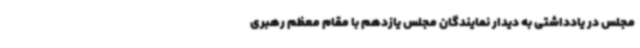
مجلس در یادداشتی به دیدار نمایندگان مجلس یازدهم با مقام معظم رهبری